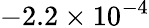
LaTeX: -2.2\times 10^{-4}